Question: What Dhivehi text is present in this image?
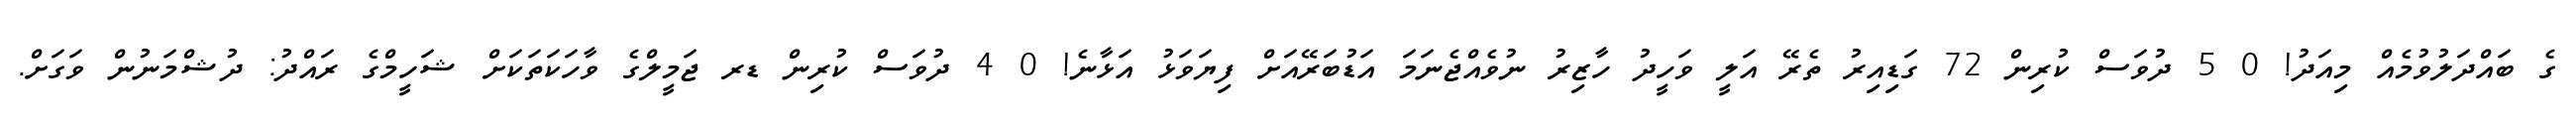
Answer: ގެ ބައްދަލުވުމެއް މިއަދު! 0 5 ދުވަސް ކުރިން 72 ގަޑިއިރު ތެރޭ އަލީ ވަހީދު ހާޒިރު ނުވެއްޖެނަމަ އަޑުބަރޭއަށް ފިޔަވަޅު އަޅާނެ! 0 4 ދުވަސް ކުރިން ޑރ ޖަމީލްގެ ވާހަކަތަކަށް ޝަހީމްގެ ރައްދު: ދުޝްމަނުން ވަގަށް.